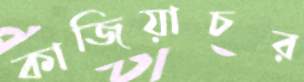
কাজিয়াচর